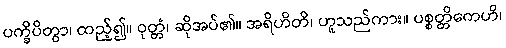
ပက္ခိပိတွာ၊ ထည့်၍။ ဝုတ္တံ၊ ဆိုအပ်၏။ အရိဟိတိ၊ ဟူသည်ကား။ ပစ္စတ္တိကေဟိ၊